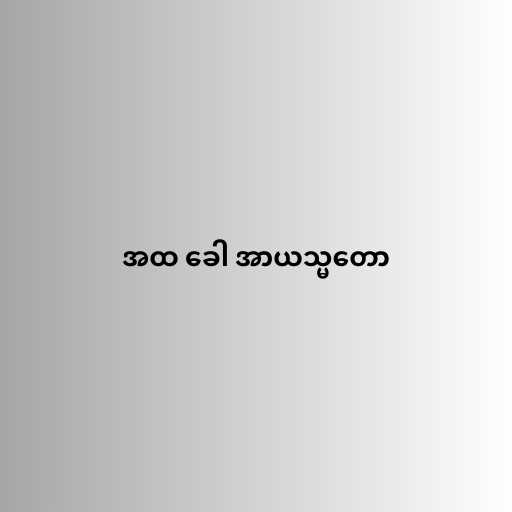
အထ ခေါ အာယသ္မတော